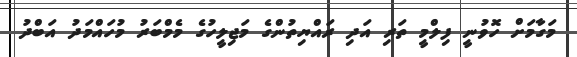
މަގާމަށް ހޮވުނީ ފިލްމީ ތަރި އަދި ރައްޔިތުންގެ މަޖިލީހުގެ މެމްބަރު މުހައްމަދު އަބްދު